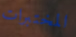
المختبرات